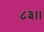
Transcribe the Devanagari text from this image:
८३।।